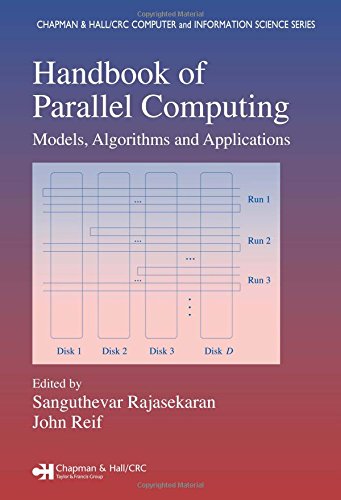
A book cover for Handbook of Parallel Computing: Models, Algorithms and Applications (Chapman & Hall/CRC Computer and Information Science Series); Computers & Technology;